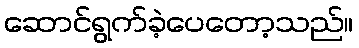
ဆောင်ရွက်ခဲ့ပေတော့သည်။